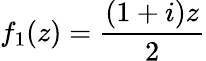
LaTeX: f_{1}(z)=\frac{(1+i)z}{2}